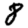
Digit: 8